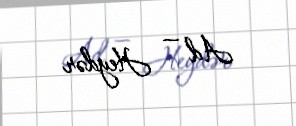
Ad — Heydər